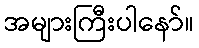
အများကြီးပါနော်။